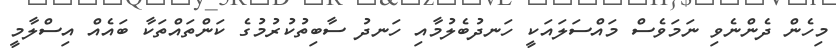
މިހެން ދެންނެވި ނަމަވެސް މައްސަލައަކީ ހަނދުބެލުމާއި ހަނދު ސާބިތުކުރުމުގެ ކަންތައްތަކާ ބައެއް އިސްލާމީ